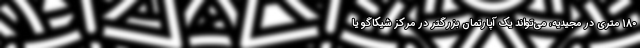
180 متری در مجیدیه، می‌تواند یک آپارتمان بزرگتر در مرکز شیکاگو یا